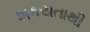
શકયતાથી